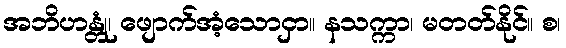
အဘိဟန္တုံ၊ ဖျောက်အံ့သောငှာ။ နသက္ကာ၊ မတတ်နိုင်။ စ၊